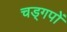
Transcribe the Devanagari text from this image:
चड्गपों